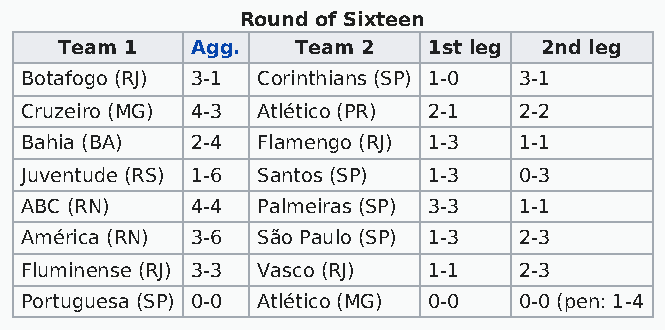
Round of Sixteen
 Team 1   Agg.   Team 2  1st leg 2nd leg
 Botafogo (RJ) 3-1 Corinthians (SP) 1-0 3-1
 Cruzeiro (MG) 4-3 Atlético (PR) 2-1 2-2
 Bahia (BA)  2-4 Flamengo (RJ) 1-3 1-1
 Juventude (RS) 1-6 Santos (SP) 1-3 0-3
 ABC (RN)    4-4 Palmeiras (SP) 3-3 1-1
 América (RN) 3-6 São Paulo (SP) 1-3 2-3
 Fluminense (RJ) 3-3 Vasco (RJ) 1-1 2-3
 Portuguesa (SP) 0-0 Atlético (MG) 0-0 0-0 (pen: 1-4